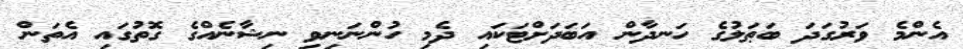
އެންމެ ވަރުގަދަ ބަޠަލުގެ ހަނދާން އަބަދަށްޓަކައި ދެމި ހުންނަނިވި ނިޝާނެއްގެ ގޮތުގައި އެތަން